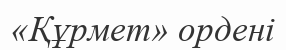
«Құрмет» ордені